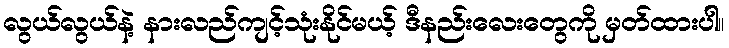
လွယ်လွယ်နဲ့ နားလည်ကျင့်သုံးနိုင်မယ့် ဒီနည်းလေးတွေကို မှတ်ထားပါ။